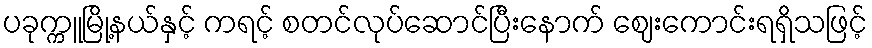
ပခုက္ကူမြို့နယ်နှင့် ကရင့် စတင်လုပ်ဆောင်ပြီးနောက် ဈေးကောင်းရရှိသဖြင့်